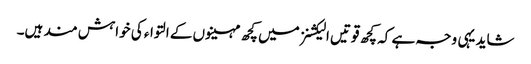
شاید یہی وجہ ہے کہ کچھ قوتیں الیکشنز میں کچھ مہینوں کے التواء کی خواہش مند ہیں۔